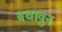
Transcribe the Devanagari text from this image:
बचावुन